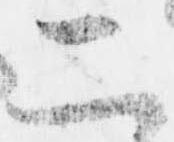
二